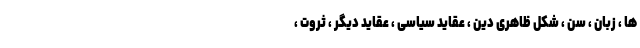
ها ، زبان ، سن ، شکل ظاهری دین ، عقاید سیاسی ، عقاید دیگر ، ثروت ،